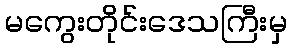
မကွေးတိုင်းဒေသကြီးမှ